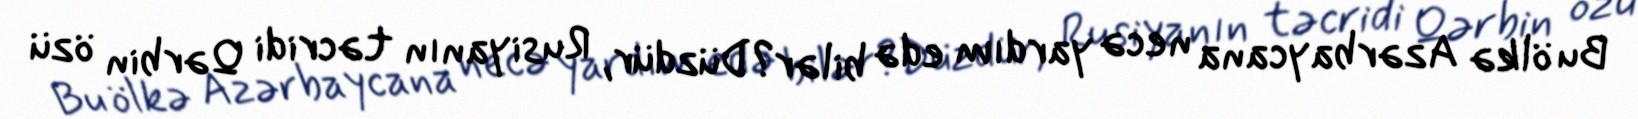
Bu ölkə Azərbaycana necə yardım edə bilər?Düzdür, Rusiyanın təcridi Qərbin özü